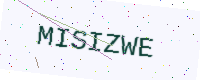
Text: MISIZWE